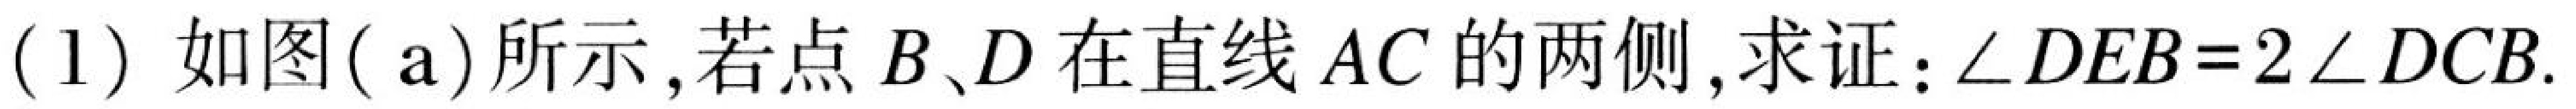
(1) 如图(a)所示,若点\(B、D\)在直线\(AC\)的两侧,求证：\(\angle DEB = 2\angle DCB\).